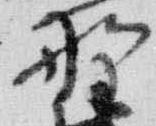
野